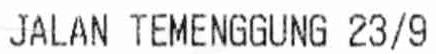
JALAN TEMENGGUNG 23/9